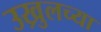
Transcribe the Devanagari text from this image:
उख्रुलच्या